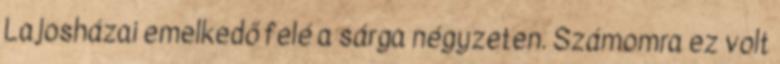
Lajosházai emelkedő felé a sárga négyzeten. Számomra ez volt